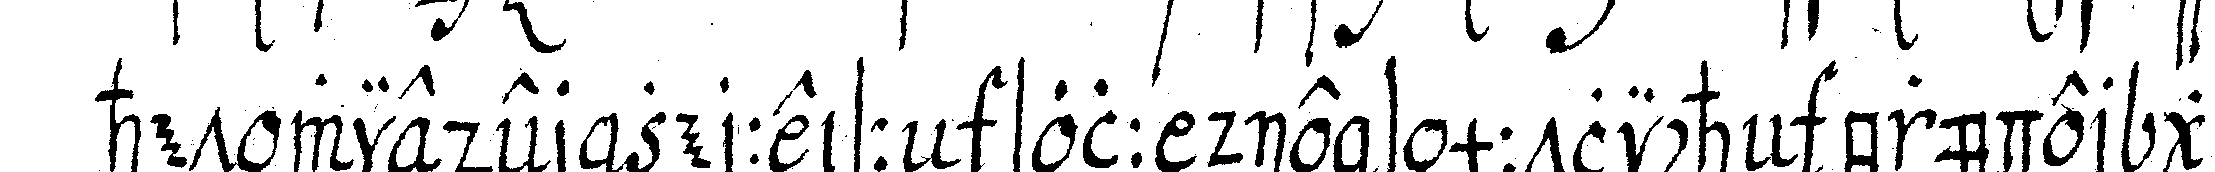
het wieder zerreisseN soll die sämmtlicheN brüder gra